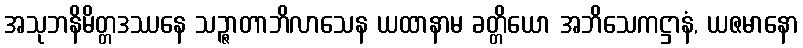
အသုဘနိမိတ္တဒဿနေ သဉ္ဇာတာဘိလာသေန ယထာနာမ ခတ္တိယော အဘိသေကဋ္ဌာနံ, ယဇမာနော